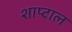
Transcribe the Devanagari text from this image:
शाप्टाल